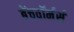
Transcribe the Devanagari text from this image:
बेंचवॉर्मर्स